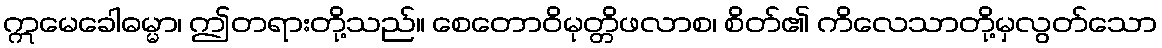
ဣမေခေါဓမ္မာ၊ ဤတရားတို့သည်။ စေတောဝိမုတ္တိဖလာစ၊ စိတ်၏ ကိလေသာတို့မှလွတ်သော